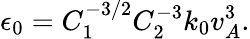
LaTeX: \epsilon_{0}=C_{1}^{-3/2}C_{2}^{-3}k_{0}v_{A}^{3}.